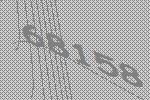
68158